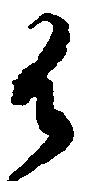
御